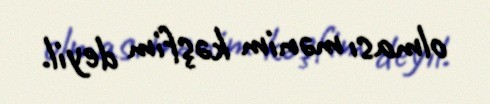
olması mənim kəşfim deyil.